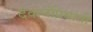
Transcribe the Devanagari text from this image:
देवानंप्रियांनी